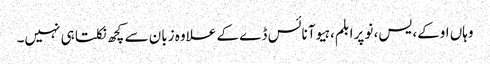
وہاں اوکے، یس، نو پرابلم، ہیو آ نائس ڈے کے علاوہ زبان سے کچھ نکلتا ہی نہیں۔